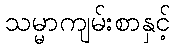
သမ္မာကျမ်းစာနှင့်